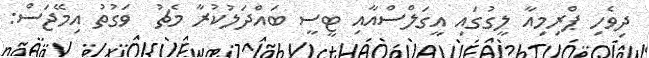
ދިވެހި ޕްރިމިއާ ލީގުގައި އީގަލްސްއާއި ޓީސީ ބައްދަލުކުރާ މެޗު  ވަގުތު އިމޭޖަސް: